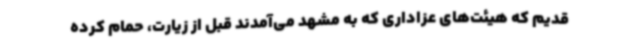
قدیم که هیئت‌های عزاداری که به مشهد می‌آمدند قبل از زیارت، حمام کرده